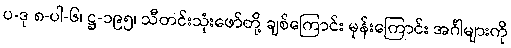
ပ-ဒု ၈-ပါ-၆၊ ဋ္ဌ-၁၉၅၊ သီတင်းသုံးဖော်တို့ ချစ်ကြောင်း မုန်းကြောင်း အင်္ဂါများကို